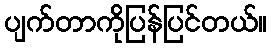
ပျက်တာကိုပြန်ပြင်တယ်။